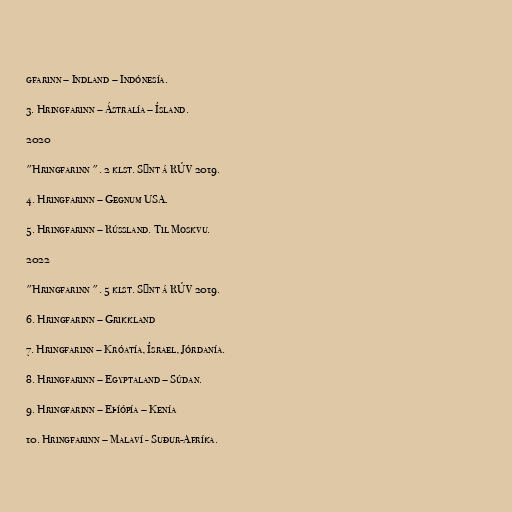
gfarinn – Indland – Indónesía.

3. Hringfarinn – Ástralía – Ísland.

2020

"Hringfarinn ". 2 klst. Sýnt á RÚV 2019.

4. Hringfarinn – Gegnum USA.

5. Hringfarinn – Rússland. Til Moskvu.

2022

"Hringfarinn ". 5 klst. Sýnt á RÚV 2019.

6. Hringfarinn – Grikkland

7. Hringfarinn – Króatía, Ísrael, Jórdanía.

8. Hringfarinn – Egyptaland – Súdan.

9. Hringfarinn – Eþíópía – Kenía

10. Hringfarinn – Malaví - Suður-Afríka.